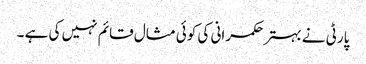
پارٹی نے بہتر حکمرانی کی کوئی مثال قائم نہیں کی ہے ۔